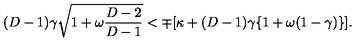
( D - 1 ) \gamma \sqrt { 1 + \omega \frac { D - 2 } { D - 1 } } < \mp [ \kappa + ( D - 1 ) \gamma \{ 1 + \omega ( 1 - \gamma ) \} ] .